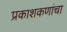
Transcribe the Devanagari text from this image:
प्रकाशकणांचा